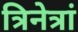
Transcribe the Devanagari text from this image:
त्रिनेत्रां